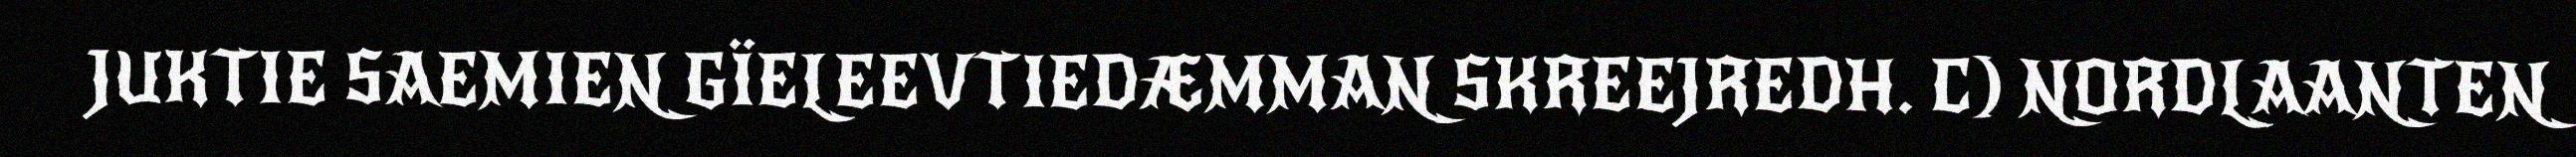
JUKTIE SAEMIEN GÏELEEVTIEDÆMMAN SKREEJREDH. C) NORDLAANTEN